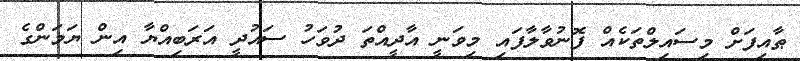
ޠާއިފަށް މިސައިލްތަކެއް ފޮނުވާލާފައި މިވަނީ އާދީއްތަ ދުވަހު ސައުދީ އަރަބިއްޔާ އިން ޔަމަންގެ